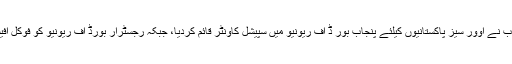
(قذافی بٹ)حکومت پنجاب نے اوور سیز پاکستانیوں کیلئے پنجاب بور ڈ آف ریونیو میں سپیشل کاؤنٹر قائم کردیا، جبکہ رجسٹرار بورڈ آف ریونیو کو فوکل آفیسر مقرر کردیا گیا ہے۔